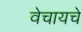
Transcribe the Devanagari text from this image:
वेचायचे